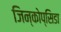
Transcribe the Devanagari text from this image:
जिन्कोप्सिडा